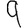
Digit: 9